Indian journal of veterinary science and animal husbandry - Volume 5,
Year: 1935
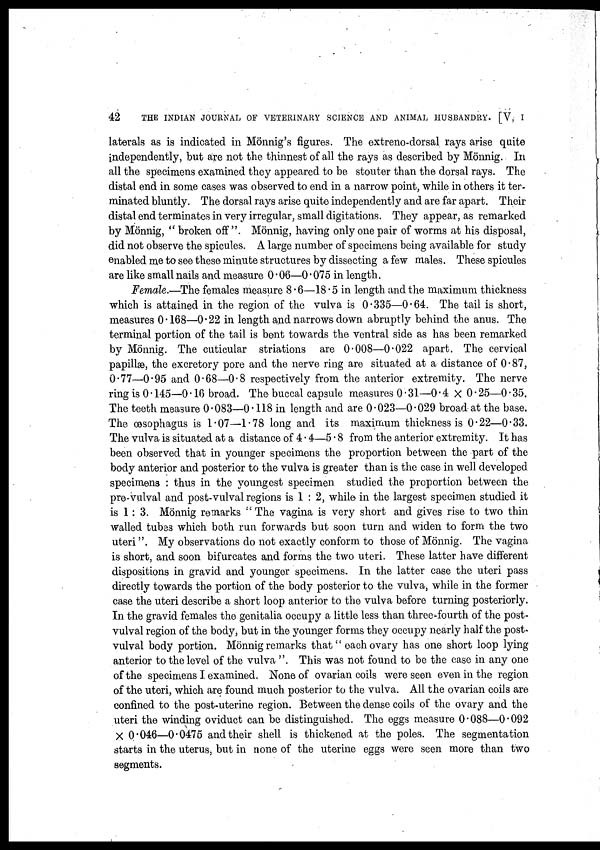
42
THE INDIAN JOURNAL OF VETERINARY SCIENCE AND ANIMAL HUSBANDRY. [V, I
laterals as is indicated in Mönnig's figures. The extreno-dorsal rays arise quite
independently, but are not the thinnest of all the rays as described by Mönnig. In
all the specimens examined they appeared to be stouter than the dorsal rays. The
distal end in some cases was observed to end in a narrow point, while in others it ter-
minated bluntly. The dorsal rays arise quite independently and are far apart. Their
distal end terminates in very irregular, small digitations. They appear, as remarked
by Mönnig, " broken off". Mönnig, having only one pair of worms at his disposal,
did not observe the spicules. A large number of specimens being available for study
enabled me to see these minute structures by dissecting a few males. These spicules
are like small nails and measure 0.06—0.075 in length.
Female.—The females measure 8.6—18.5 in length and the maximum thickness
which is attained in the region of the vulva is 0.335—0.64. The tail is short,
measures 0.168—0.22 in length and narrows down abruptly behind the anus. The
terminal portion of the tail is bent towards the ventral side as has been remarked
by Mönnig. The cuticular striations are 0.008—0.022 apart. The cervical
papillæ, the excretory pore and the nerve ring are situated at a distance of 0.87,
0.77—0.95 and 0.68—0.8 respectively from the anterior extremity. The nerve
ring is 0.145—0.16 broad. The buccal capsule measures 0.31—0.4 × 0.25—0.35.
The teeth measure 0.083—0.118 in length and are 0.023—0.029 broad at the base.
The oesophagus is 1.07—1.78 long and its maximum thickness is 0.22—0.33.
The vulva is situated at a distance of 4.4—5.8 from the anterior extremity. It has
been observed that in younger specimens the proportion between the part of the
body anterior and posterior to the vulva is greater than is the case in well developed
specimens : thus in the youngest specimen studied the proportion between the
pre-vulval and post-vulval regions is 1 : 2, while in the largest specimen studied it
is 1 : 3. Mönnig remarks " The vagina is very short and gives rise to two thin
walled tubes which both run forwards but soon turn and widen to form the two
uteri". My observations do not exactly conform to those of Mönnig. The vagina
is short, and soon bifurcates and forms the two uteri. These latter have different
dispositions in gravid and younger specimens. In the latter case the uteri pass
directly towards the portion of the body posterior to the vulva, while in the former
case the uteri describe a short loop anterior to the vulva before turning posteriorly.
In the gravid females the genitalia occupy a little less than three-fourth of the post-
vulval region of the body, but in the younger forms they occupy nearly half the post-
vulval body portion. Mönnig remarks that'' each ovary has one short loop lying
anterior to the level of the vulva ". This was not found to be the case in any one
of the specimens I examined. None of ovarian coils were seen even in the region
of the uteri, which are found much posterior to the vulva. All the ovarian coils are
confined to the post-uterine region. Between the dense coils of the ovary and the
uteri the winding oviduct can be distinguished. The eggs measure 0.088—0.092
× 0.046—0.0475 and their shell is thickened at the poles. The segmentation
starts in the uterus, but in none of the uterine eggs were seen more than two
segments.